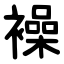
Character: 襙